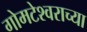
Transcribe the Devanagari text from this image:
गोमटेश्‍वराच्या